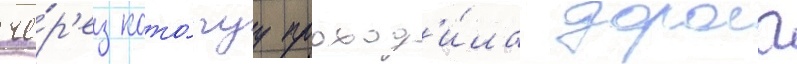
че́р'ез кото́руу проход'и́ла дорога